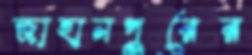
জাহানপুরের